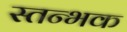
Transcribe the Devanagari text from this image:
स्तन्भक